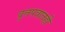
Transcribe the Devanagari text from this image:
वृत्तपत्रातही